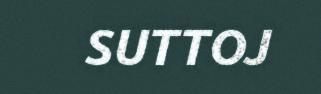
SUTTOJ